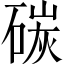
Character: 碳